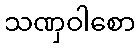
သဏှဝါစော